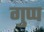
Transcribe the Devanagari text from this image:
गुप्प